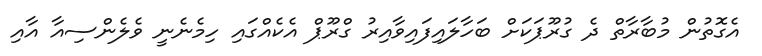
އެގޮތުން މުބާރާތް ދެ ގުރޫޕަކަށް ބަހާލައިފައިވާއިރު ގްރޫޕް އެކެއްގައި ހިމެނެނީ ވެލެންސިއާ އާއި